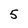
Character: 5